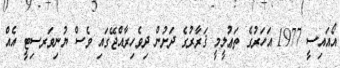
އޯއައިސީ 1977 އަހަރުގެ ތަޢުލީމީ ޤަރާރުގެ ދަށުން ދިވެހިރާއްޖޭގައި ވެސް ޔުނިވަރސިޓީ އެއް